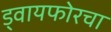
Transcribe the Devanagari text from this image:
ड्वायफोरचा